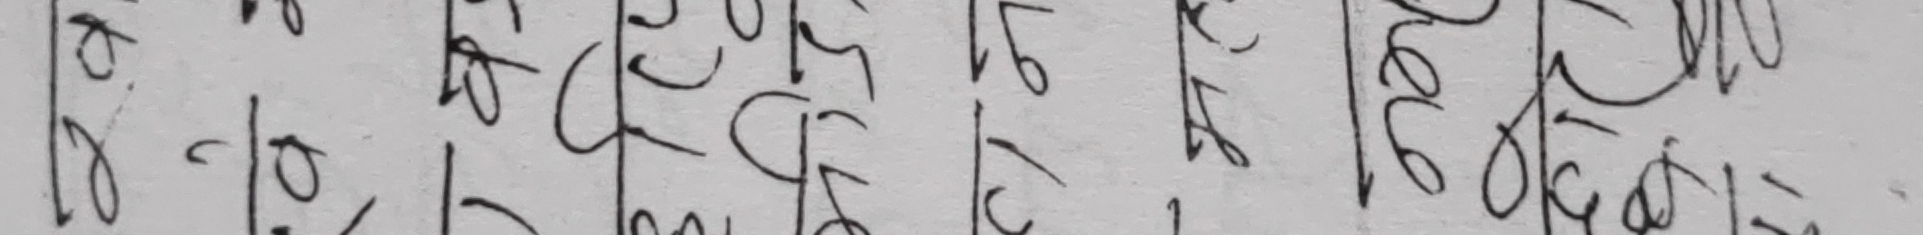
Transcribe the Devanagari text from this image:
१८/१०/२०७५/१२/१६/०७५/१२/१७/०७९/०९४१ =